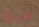
صورك